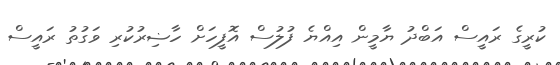
ކުރީގެ ރައީސް އަބްދު ޔާމީން އިއްޔެ ފުލުސް އޮފީހަށް ހާޟިރުކުރި ވަގުތު ރައީސް